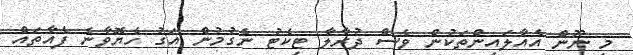
މި ނޫން އެއާލައިންތަކުން ވެސް ދުރާލާ ޓިކެޓު ނެގުމުން އަގު ހެޔޮވާނެ ފެއާތައް